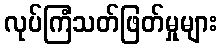
လုပ်ကြံသတ်ဖြတ်မှုများ